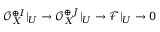
{ \mathcal { O } } _ { X } ^ { \oplus I } | _ { U } \to { \mathcal { O } } _ { X } ^ { \oplus J } | _ { U } \to { \mathcal { F } } | _ { U } \to 0